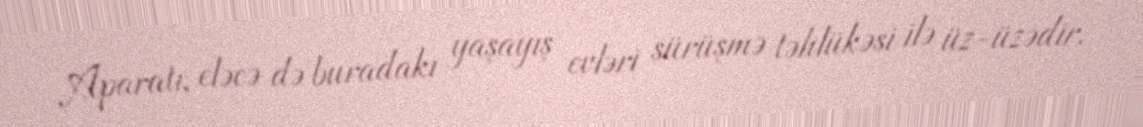
Aparatı, eləcə də buradakı yaşayış evləri sürüşmə təhlükəsi ilə üz-üzədir.